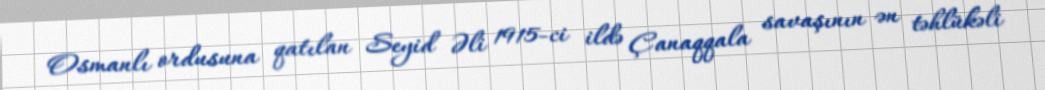
Osmanlı ordusuna qatılan Seyid Əli 1915-ci ildə Çanaqqala savaşının ən təhlükəli